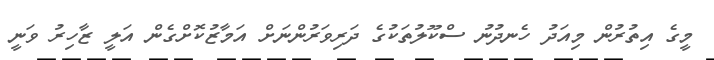
މީގެ އިތުރުން މިއަދު ހެނދުނު ސްކޫލުތަކުގެ ދަރިވަރުންނަށް އަމާޒުކޮށްގެން އަލީ ޒާހިރު ވަނީ